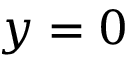
y = 0